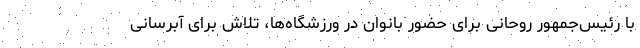
با رئیس‌جمهور روحانی برای حضور بانوان در ورزشگاه‌ها، تلاش برای آبرسانی